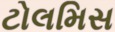
ટોલમિસ